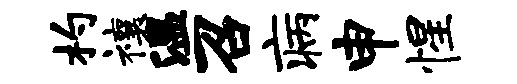
杓禳温召病申惺